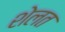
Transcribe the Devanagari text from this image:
शेलत